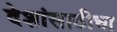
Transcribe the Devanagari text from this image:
देशांसाठीचा